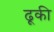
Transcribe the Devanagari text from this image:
ढूकी